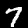
Digit: 7